Report on the administration of the Government Cinchona Department 1892-98
Year: 1892
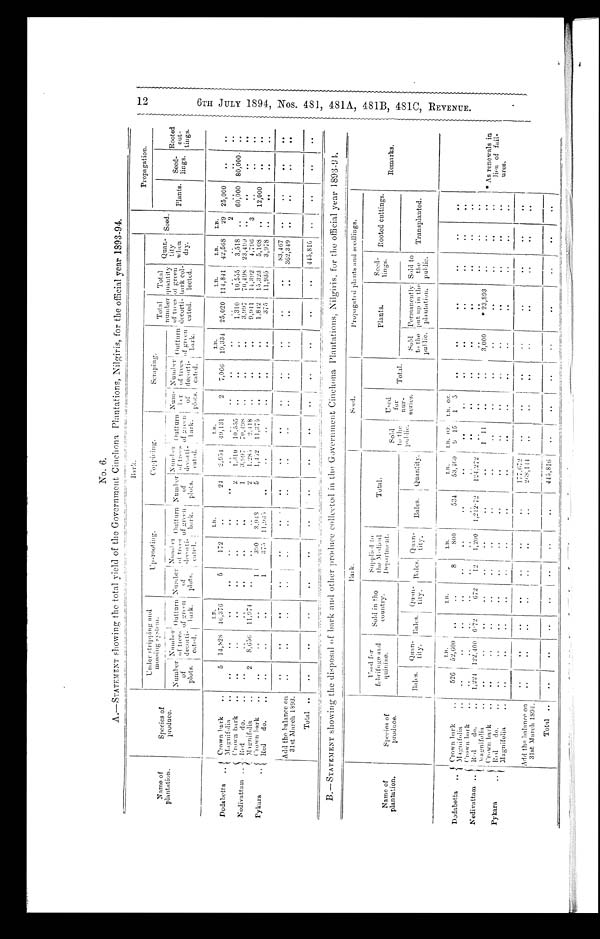
No. 6.
A. ― STATEMENT showing the total yield of the Government Cinchona Plantations, Nilgiris, for the official year 1893-94.
Bark.
Propagation.
Name of
plantation.
Species of
produce.
Under stripping and
mossing system.
UP-rooting.
Coppieing.
Scraping.
Total
n u m b e r
n u m b e r
of trees
decorti-
cated.
T o t a l
quantity
of green
bark col-
lected.
Quar-
tity
when
dry.
seed.
Plants
Seed-
lings.
Rooted
cut-
tings.
Numb er
of
plots.
Numbe
r of trees
decorti-
cated.
Outturn
of green
bark.
Number
o f
plots.
Number of trees decorti-c a t e d Outturn
of green
bark.
N u m b r
o f p l o t s .
Number
of t rees
decor ti-
cated.
Outtu r n
of
g r e e n
bark.
Num-ber
of
plots.
Number
of trees
decorti-
cated.
Outturn
ofgreen
b ark.
L . R .
L.B.
L . B .
L. B.
L.B.
L.B.
L.B.
Dodabetta
Crown bark
Magnifolia
5
. .
14,828
46,376
5
. .
172
•.
24
. .
2,954
49,131
2
7,066
19,334
25,020
114,841
42,568
29
2
25,000
. .
. .
1,310
3.997
1,285
10,555
70,408
2,418
1,310
3,997
1,941
10,555
70,498
14,392
3,518
23,499
4,796
60,000
80,000 .
- .
2
1
2
..
. .
. .
Nedivattam
Crown bark
Red
do.
Magnifolia
..
..
2
..
8,656
..
11,974
.
..
..
. . .
..
-
..
..
..
. .
. .
. .
. .
3
5
..
_____
1,452
. .
11,375
-
5,108
3,978
12,000
. .
390
375
_
3.948
11,935
1,842
375
15,323
11,935
..
. .
. .
..
1
1
. .
. .
..
. .
..
P y k a r a
Crown bark
Red
do.
. .
..
..
Add the balance on
31st March 1893
. .
..
..
_
. .
..
..
'
. .
..
. .
. .
. .
..
..
..
..
..
..
..
..
. .
83,467
3 6 2 , 3 4 9
..
..
. .
. .
..
..
Total
. .
..
..
. .
. .
..
. .
. .
..
•..
. .
. .
. .
445,816
..
. .
. .
B. ― STATEMENT showing the disposal of b ark and other produce collected in the Government Cinchona Plantations, Nilgiris, for the official year 1893-94.
Bark.
Seed.
Propagated plants and seedlings.
Name of
plantation.
Species of
produce
Used for
febrifuge and
quinine.
Sold in the
country.
Supplied to
the Medica1
Department.
Total.
SOld
to the
public.
Used
for
nur-
series.
Total.
Plants.
Sned
'•
lings.
Rooted cuttings.
Remarks.
Bales.
Qu a n -
t i t y .
Bales.
Quan-
t i t y.
Bales.
Quan-
tity.
Bales.
,Qua
n-tity.
Sold
to the
public.
Permanently
put up in the
plantation.
Sold to
the
public.
Transplanted.
* As renewals in
lieu of fail-
u r e s .
D o d a b e t t a
Crown bark
..
Magnifolia
..
526
_
L . B .
52,600
..
..
L . B .
. .
8
. .
LB.
800
534
..
LB .
53,160
..
L.B. o z .
9 15
..
L.B oz.
1
5
.,
..
..
. .
..
..
..
. .
..
Nedivattam ..
Crown Lark
Red do. ..
Magnifolia
1,224
..
122,400
6.72
..
672
12
. .
1,200
1,21272
124,272
. .
. .
1 11
. .
. .
. .
..
..
3,000
. .
*23,893
..
..
..
. .
..
Pykara
Crown bark
..
Red
do.
..
Magnifolia
..
..
..
..
..
. .
..
. . . .
. .
..
..
..
..
..
..
..
..
..
..
..
. .
..
..
..
..
. .
. .
..
. .
. .
..
Add the balance on
31st March 1894.
..
..
..
..
. .
. .
. .
..
. .
. .
177.672
268,144
. .
..
..
. .
..
..
..
..
..
..
..
..
..
Total ..
..
..
..
..
. .
..
..
445,816
..
..
. .
. .
..
..
, LnD
Go
0
ci)
4=-
Go
Co
CD
tn
•